Vaccination in Bombay 1869-1873 - 1869-1873
Year: 1869
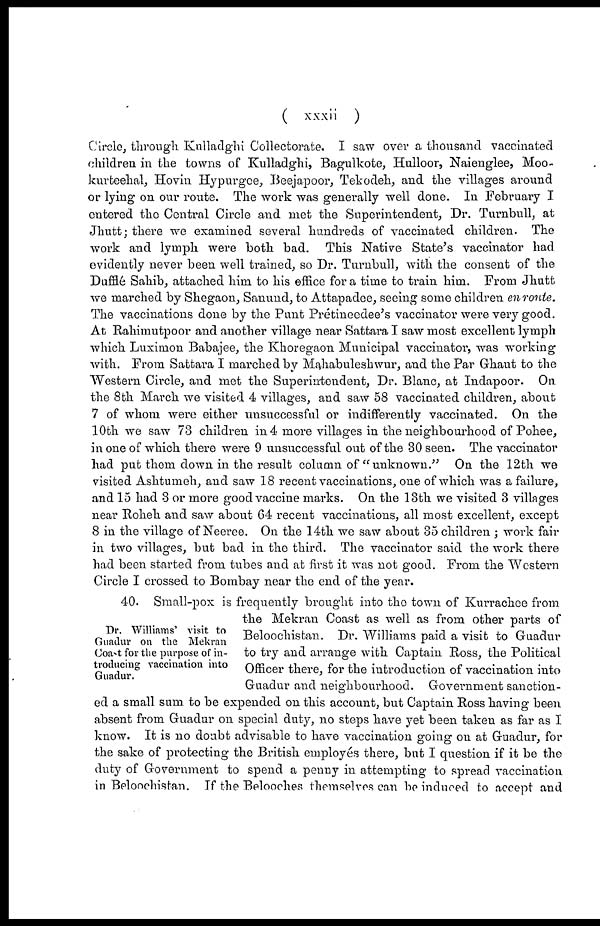
( xxxii )
Circle, through Kulladghi Collectorate. I saw over a thousand vaccinated
children in the towns of Kulladghi, Bagulkote, Hulloor, Naienglee, Moo-
kurteehal, Hovin Hypurgee, Beejapoor, Tekodeh, and the villages around
or lying on our route. The work was generally well done. In February I
entered the Central Circle and met the Superintendent, Dr. Turnbull, at
Jhutt; there we examined several hundreds of vaccinated children. The
work and lymph were both bad. This Native State's vaccinator had
evidently never been well trained, so Dr. Turnbull, with the consent of the
Dufflé Sahib, attached him to his office for a time to train him. From Jhutt
we marched by Shegaon, Sanund, to Attapadee, seeing some children en route.
The vaccinations done by the Punt Prétineedee's vaccinator were very good.
At Rahimutpoor and another village near Sattara I saw most excellent lymph
which Luximon Babajee, the Khoregaon Municipal vaccinator, was working
with. From Sattara I marched by Mahabuleshwur, and the Par Ghaut to the
Western Circle, and met the Superintendent, Dr. Blanc, at Indapoor. On
the 8th March we visited 4 villages, and saw 58 vaccinated children, about
7 of whom were either unsuccessful or indifferently vaccinated. On the
10th we saw 73 children in 4 more villages in the neighbourhood of Pohee,
in one of which there were 9 unsuccessful out of the 30 seen. The vaccinator
had put them down in the result column of "unknown." On the 12th we
visited Ashtumeh, and saw 18 recent vaccinations, one of which was a failure,
and 15 had 3 or more good vaccine marks. On the 13th we visited 3 villages
near Roheh and saw about 64 recent vaccinations, all most excellent, except
8 in the village of Neeree. On the 14th we saw about 35 children ; work fair
in two villages, but bad in the third. The vaccinator said the work there
had been started from tubes and at first it was not good. From the Western
Circle I crossed to Bombay near the end of the year.
Dr. Williams' visit to
Guadur on the Mekran
Coast for the purpose of in-
troducing vaccination into
Guadur.
40. Small-pox is frequently brought into the town of Kurrachee from
the Mekran Coast as well as from other parts of
Beloochistan. Dr. Williams paid a visit to Guadur
to try and arrange with Captain Ross, the Political
Officer there, for the introduction of vaccination into
Guadur and neighbourhood. Government sanction-
ed a small sum to be expended on this account, but Captain Ross having been
absent from Guadur on special duty, no steps have yet been taken as far as I
know. It is no doubt advisable to have vaccination going on at Guadur, for
the sake of protecting the British employés there, but I question if it be the
duty of Government to spend a penny in attempting to spread vaccination
in Beloochistan. If the Belooches themselves can be induced to accept and